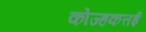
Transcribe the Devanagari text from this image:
कोज्हकत्तई